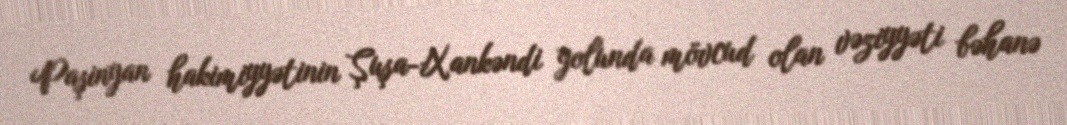
Paşinyan hakimiyyətinin Şuşa-Xankəndi yolunda mövcud olan vəziyyəti bəhanə